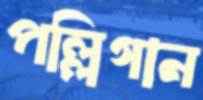
পল্লিগান